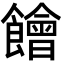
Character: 䭝